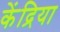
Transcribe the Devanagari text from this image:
केंद्रिया